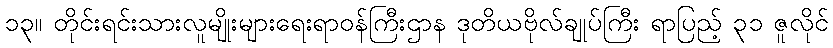
၁၃။ တိုင်းရင်းသားလူမျိုးများရေးရာဝန်ကြီးဌာန ဒုတိယဗိုလ်ချုပ်ကြီး ရာပြည့် ၃၁ ဇူလိုင်